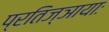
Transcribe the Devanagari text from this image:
प्रतिज्ञायाः